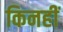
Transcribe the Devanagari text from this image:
किनहीं